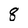
Character: 8